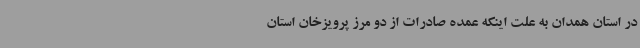
در استان همدان به علت اینکه عمده صادرات از دو مرز پرویزخان استان